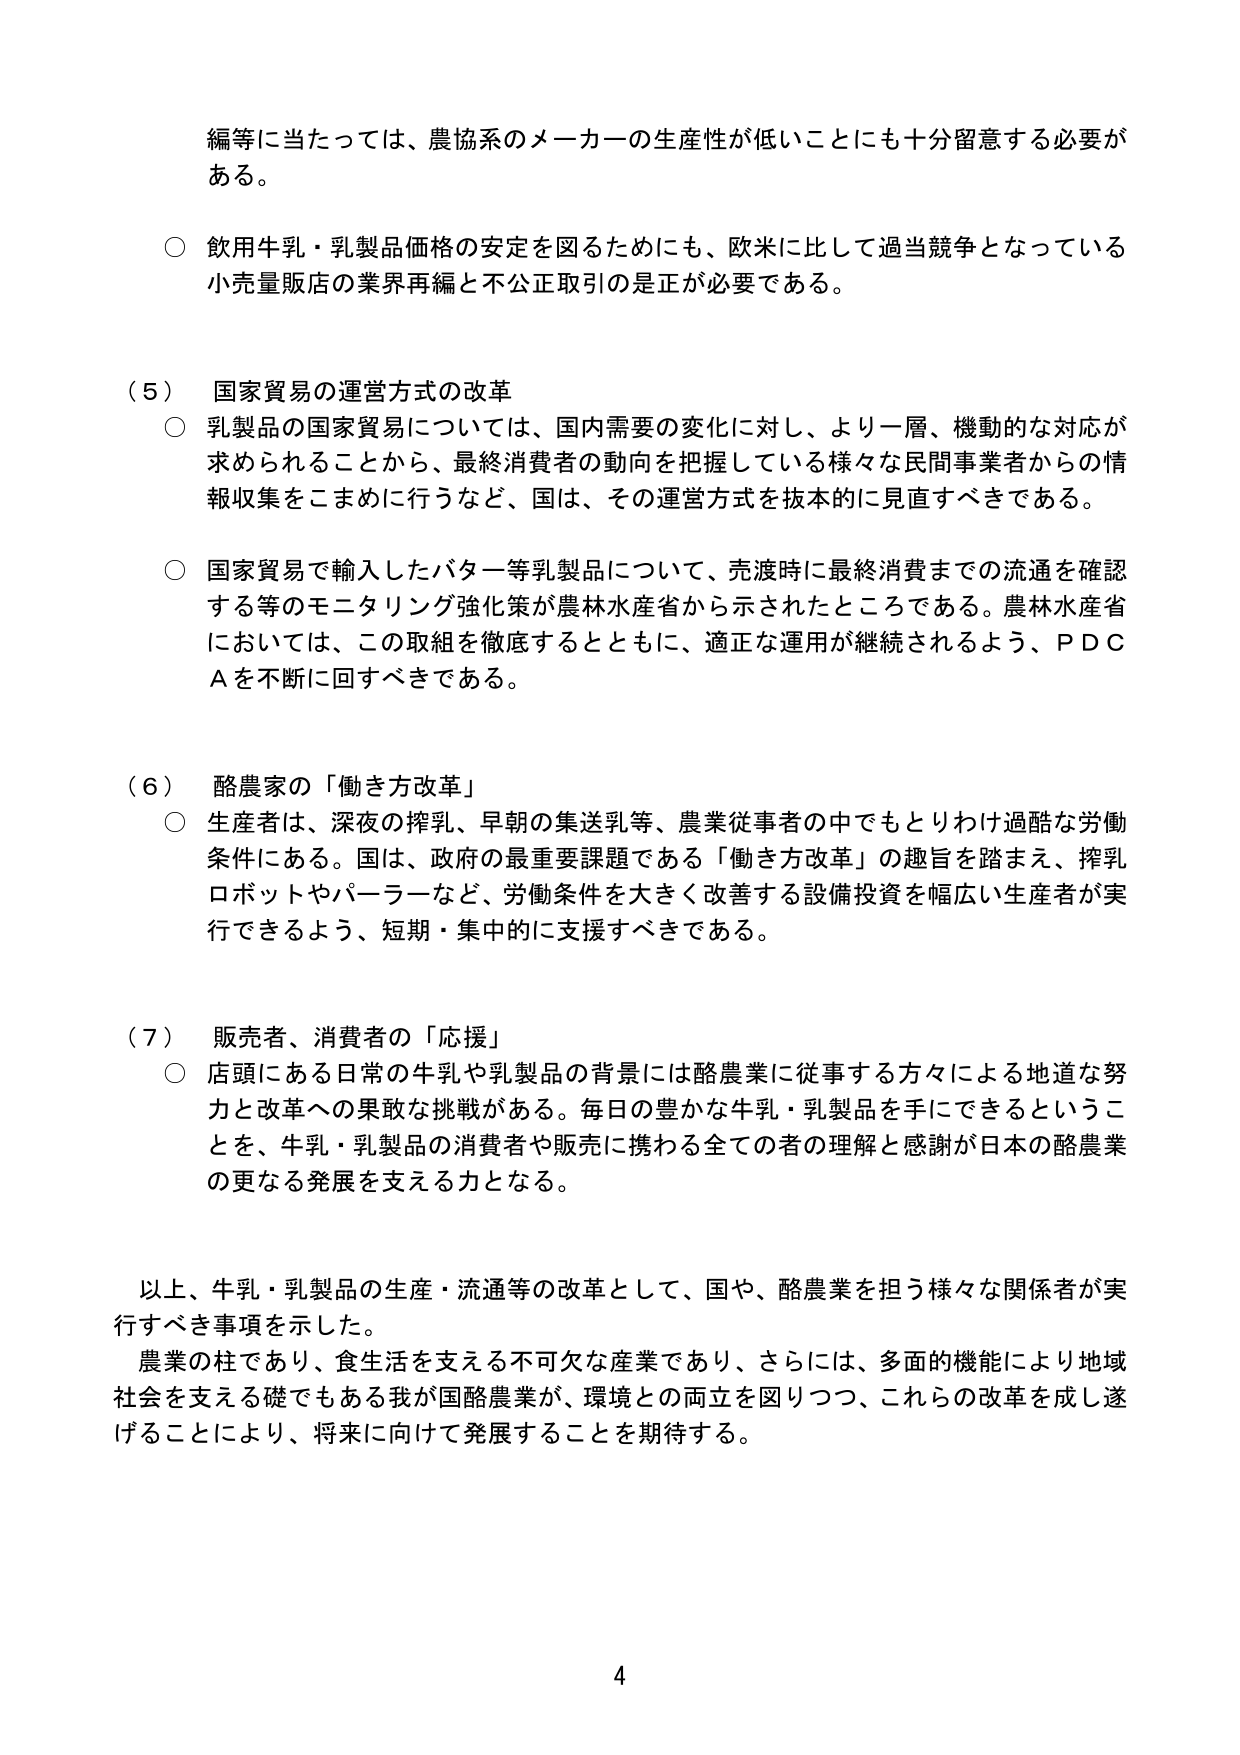
編等に当たっては、農協系のメーカーの生産性が低いことにも十分留意する必要がある。

○ 飲用牛乳・乳製品価格の安定を図るためにも、欧米に比して過当競争となっている小売量販店の業界再編と不公正取引の是正が必要である。

（５） 国家貿易の運営方式の改革
○ 乳製品の国家貿易については、国内需要の変化に対し、より一層、機動的な対応が求められることから、最終消費者の動向を把握している様々な民間事業者からの情報収集をこまめに行うなど、国は、その運営方式を抜本的に見直すべきである。

○ 国家貿易で輸入したバター等乳製品について、売渡時に最終消費までの流通を確認する等のモニタリング強化策が農林水産省から示されたところである。農林水産省においては、この取組を徹底するとともに、適正な運用が継続されるよう、ＰＤＣＡを不断に回すべきである。

（６） 酪農家の「働き方改革」
○ 生産者は、深夜の搾乳、早朝の集送乳等、農業従事者の中でもとりわけ過酷な労働条件にある。国は、政府の最重要課題である「働き方改革」の趣旨を踏まえ、搾乳ロボットやパーラーなど、労働条件を大きく改善する設備投資を幅広い生産者が実行できるよう、短期・集中的に支援すべきである。

（７） 販売者、消費者の「応援」
○ 店頭にある日常の牛乳や乳製品の背景には酪農業に従事する方々による地道な努力と改革への果敢な挑戦がある。毎日の豊かな牛乳・乳製品を手にできるということを、牛乳・乳製品の消費者や販売に携わる全ての者の理解と感謝が日本の酪農業の更なる発展を支える力となる。

以上、牛乳・乳製品の生産・流通等の改革として、国や、酪農業を担う様々な関係者が実行すべき事項を示した。
農業の柱であり、食生活を支える不可欠な産業であり、さらには、多面的機能により地域社会を支える礎でもある我が国酪農業が、環境との両立を図りつつ、これらの改革を成し遂げることにより、将来に向けて発展することを期待する。

4